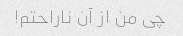
چی من از آن ناراحتم!